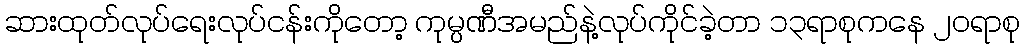
ဆားထုတ်လုပ်ရေးလုပ်ငန်းကိုတော့ ကုမ္ပဏီအမည်နဲ့လုပ်ကိုင်ခဲ့တာ ၁၃ရာစုကနေ ၂၀ရာစု